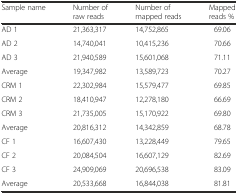
<table><thead><tr><td><b>Sample name</b></td><td><b>Number of raw reads</b></td><td><b>Number of mapped reads</b></td><td><b>Mapped reads %</b></td></tr></thead><tbody><tr><td>AD 1</td><td>21,363,317</td><td>14,752,865</td><td>69.06</td></tr><tr><td>AD 2</td><td>14,740,041</td><td>10,415,236</td><td>70.66</td></tr><tr><td>AD 3</td><td>21,940,589</td><td>15,601,068</td><td>71.11</td></tr><tr><td>Average</td><td>19,347,982</td><td>13,589,723</td><td>70.27</td></tr><tr><td>CRM 1</td><td>22,302,984</td><td>15,579,477</td><td>69.85</td></tr><tr><td>CRM 2</td><td>18,410,947</td><td>12,278,180</td><td>66.69</td></tr><tr><td>CRM 3</td><td>21,735,005</td><td>15,170,922</td><td>69.80</td></tr><tr><td>Average</td><td>20,816,312</td><td>14,342,859</td><td>68.78</td></tr><tr><td>CF 1</td><td>16,607,430</td><td>13,228,449</td><td>79.65</td></tr><tr><td>CF 2</td><td>20,084,504</td><td>16,607,129</td><td>82.69</td></tr><tr><td>CF 3</td><td>24,909,069</td><td>20,696,538</td><td>83.09</td></tr><tr><td>Average</td><td>20,533,668</td><td>16,844,038</td><td>81.81</td></tr></tbody></table>